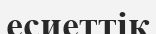
есиеттік